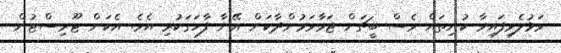
ވަޅުލެވިފައިވާ ކުނިތައް ވެސް ބީޗަށް ޖަމާވަމުންދާކަން އޭނާ ފާހަގަކުރި އެވެ. އެކަން ޓޫރިސްޓުން